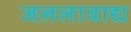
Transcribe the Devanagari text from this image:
जललावाद्य